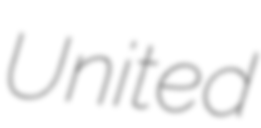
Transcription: United